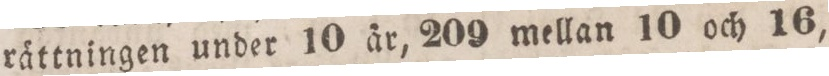
rättningen under 10 är, 209 mellan 10 och 16,